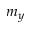
m _ { y }